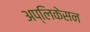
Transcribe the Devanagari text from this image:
अप्लिकेसन